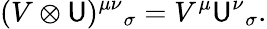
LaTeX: (V\otimes\mathsf{U})^{\mu\nu}{}_{\sigma}=V^{\mu}\mathsf{U}^{\nu}{}_{\sigma}.